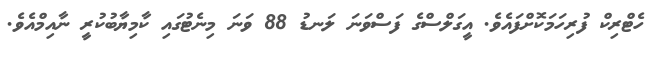
ހެޓްރިކް ފުރިހަމަކޮށްފައެވެ. އީގަލްސްގެ ފަސްވަނަ ލަނޑު 88 ވަނަ މިނެޓުގައި ކާމިޔާބުކުރީ ނާއިމްއެވެ.